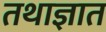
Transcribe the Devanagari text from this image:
तथाज्ञात